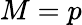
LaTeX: M=p